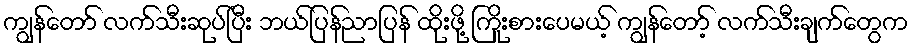
ကျွန်တော် လက်သီးဆုပ်ပြီး ဘယ်ပြန်ညာပြန် ထိုးဖို့ ကြိုးစားပေမယ့် ကျွန်တော့် လက်သီးချက်တွေက